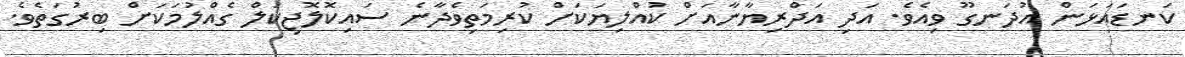
ކަނޑައަޅަން އުދަނގޫ ވިއެވެ. އަދި އަދްރިޔާނާއަށް ކުއްލިޔަކަށް ކުރިމަތިވެދާނެ ސައިކޮލޮޖިކަލް ގެއްލުމަކަށް ބިރުގަތެވެ.